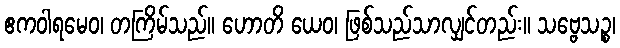
ဧကဝါရမေဝ၊ တကြိမ်သည်။ ဟောတိ ယေဝ၊ ဖြစ်သည်သာလျှင်တည်း။ သဗ္ဗေသဉ္စ၊